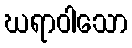
ဃရာဝါသော